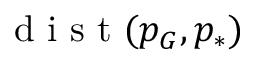
\mathrm { ~ d ~ i ~ s ~ t ~ } ( p _ { G } , p _ { * } )